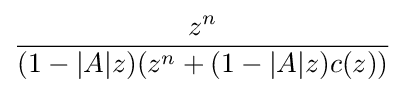
{\frac {z^{n}}{(1-|A|z)(z^{n}+(1-|A|z)c(z))}}